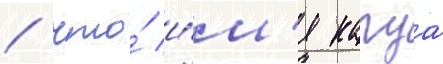
/ что́ и́м'я кагуа